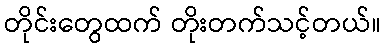
တိုင်းတွေထက် တိုးတက်သင့်တယ်။